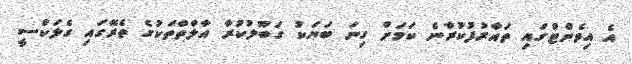
އެ އިވެންޓްގައި ތައާރުފުކުރާނެ ކަމަށް ގިނަ ބަޔަކު ގަބޫލުކުރާ އާލާތްތަކުގެ ތެރޭގައި ގެލަކްސީ